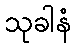
သုခါနံ